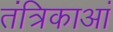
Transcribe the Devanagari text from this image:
तंत्रिकाआं